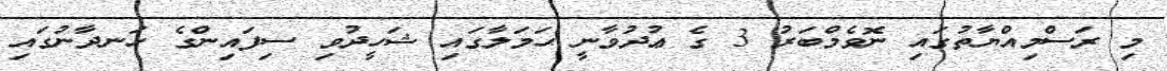
މި ރަސްމިއްޔާތުގައި ނޮވެމްބަރު 3 ގެ ޢުދުވާނީ ޙަމަލާގައި ޝަހީދުވި ސިފައިންގެ ހަނދާނުގައި